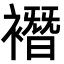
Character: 𧝆